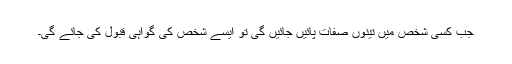
جب کسی شخص میں تینوں صفات پائیں جائیں گی تو ایسے شخص کی گواہی قبول کی جائے گی۔